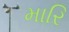
મારિ